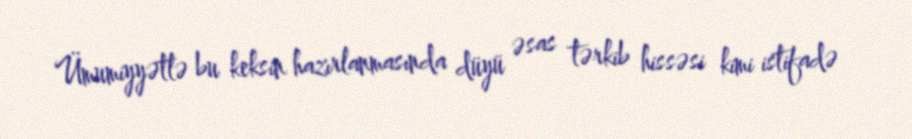
Ümumiyyətlə bu keksin hazırlanmasında düyü əsas tərkib hissəsi kimi istifadə